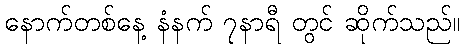
နောက်တစ်နေ့ နံနက် ၇နာရီ တွင် ဆိုက်သည်။